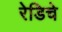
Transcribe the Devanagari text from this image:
रेडिचे